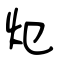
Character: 炝